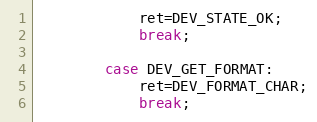
Language: C++
			ret=DEV_STATE_OK;
			break;

		case DEV_GET_FORMAT:
			ret=DEV_FORMAT_CHAR;
			break;